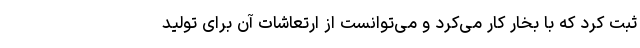
ثبت کرد که با بخار کار می‌کرد و می‌توانست از ارتعاشات آن برای تولید